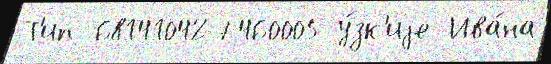
Т'ип 681410427460005 у́зк'иjе Ива́на